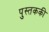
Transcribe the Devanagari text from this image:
पुस्तककी